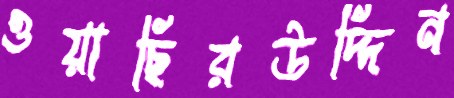
ওয়াছিরউদ্দিন